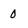
Character: 0